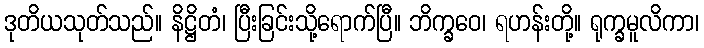
ဒုတိယသုတ်သည်။ နိဋ္ဌိတံ၊ ပြီးခြင်းသို့ရောက်ပြီ။ ဘိက္ခဝေ၊ ရဟန်းတို့။ ရုက္ခမူလိကာ၊